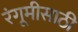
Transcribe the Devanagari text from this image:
रंगूमीसाठी